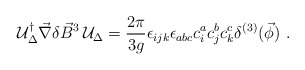
\begin{align*}{\cal U}_{\Delta}^{\dagger} \vec{\nabla} \delta\vec{B}^{3} \,{\cal U}_{\Delta} =\frac{2 \pi}{3g} \epsilon_{ijk} \epsilon_{abc} c_{i}^{a}c_{j}^{b} c_{k}^{c} \delta^{(3)} (\vec{\phi} ) \ .\end{align*}